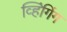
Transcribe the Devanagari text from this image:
व्हिंगिंग